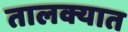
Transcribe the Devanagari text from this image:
तालक्यात